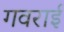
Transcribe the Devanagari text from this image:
गवराई